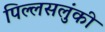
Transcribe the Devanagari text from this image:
पिल्लसलुंकी